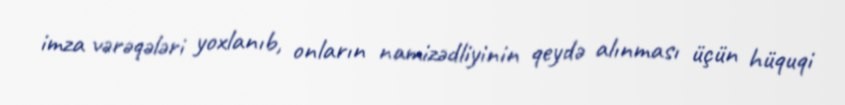
imza vərəqələri yoxlanıb, onların namizədliyinin qeydə alınması üçün hüquqi